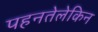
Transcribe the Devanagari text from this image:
पहनतेलेकिन